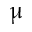
\upmu